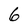
Character: 6